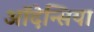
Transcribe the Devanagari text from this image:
ऑदेन्सिया